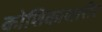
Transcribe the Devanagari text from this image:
कोशिकाशारीर